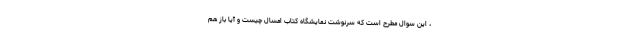
، این سوال مطرح است که سرنوشت نمایشگاه کتاب امسال چیست و آیا باز هم